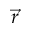
\vec { r }